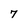
Character: 7